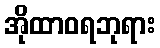
အိုထာဝရဘုရား